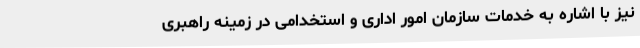
نیز با اشاره به خدمات سازمان امور اداری و استخدامی در زمینه راهبری